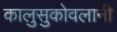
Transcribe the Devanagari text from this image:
कालुसुकोवलानी